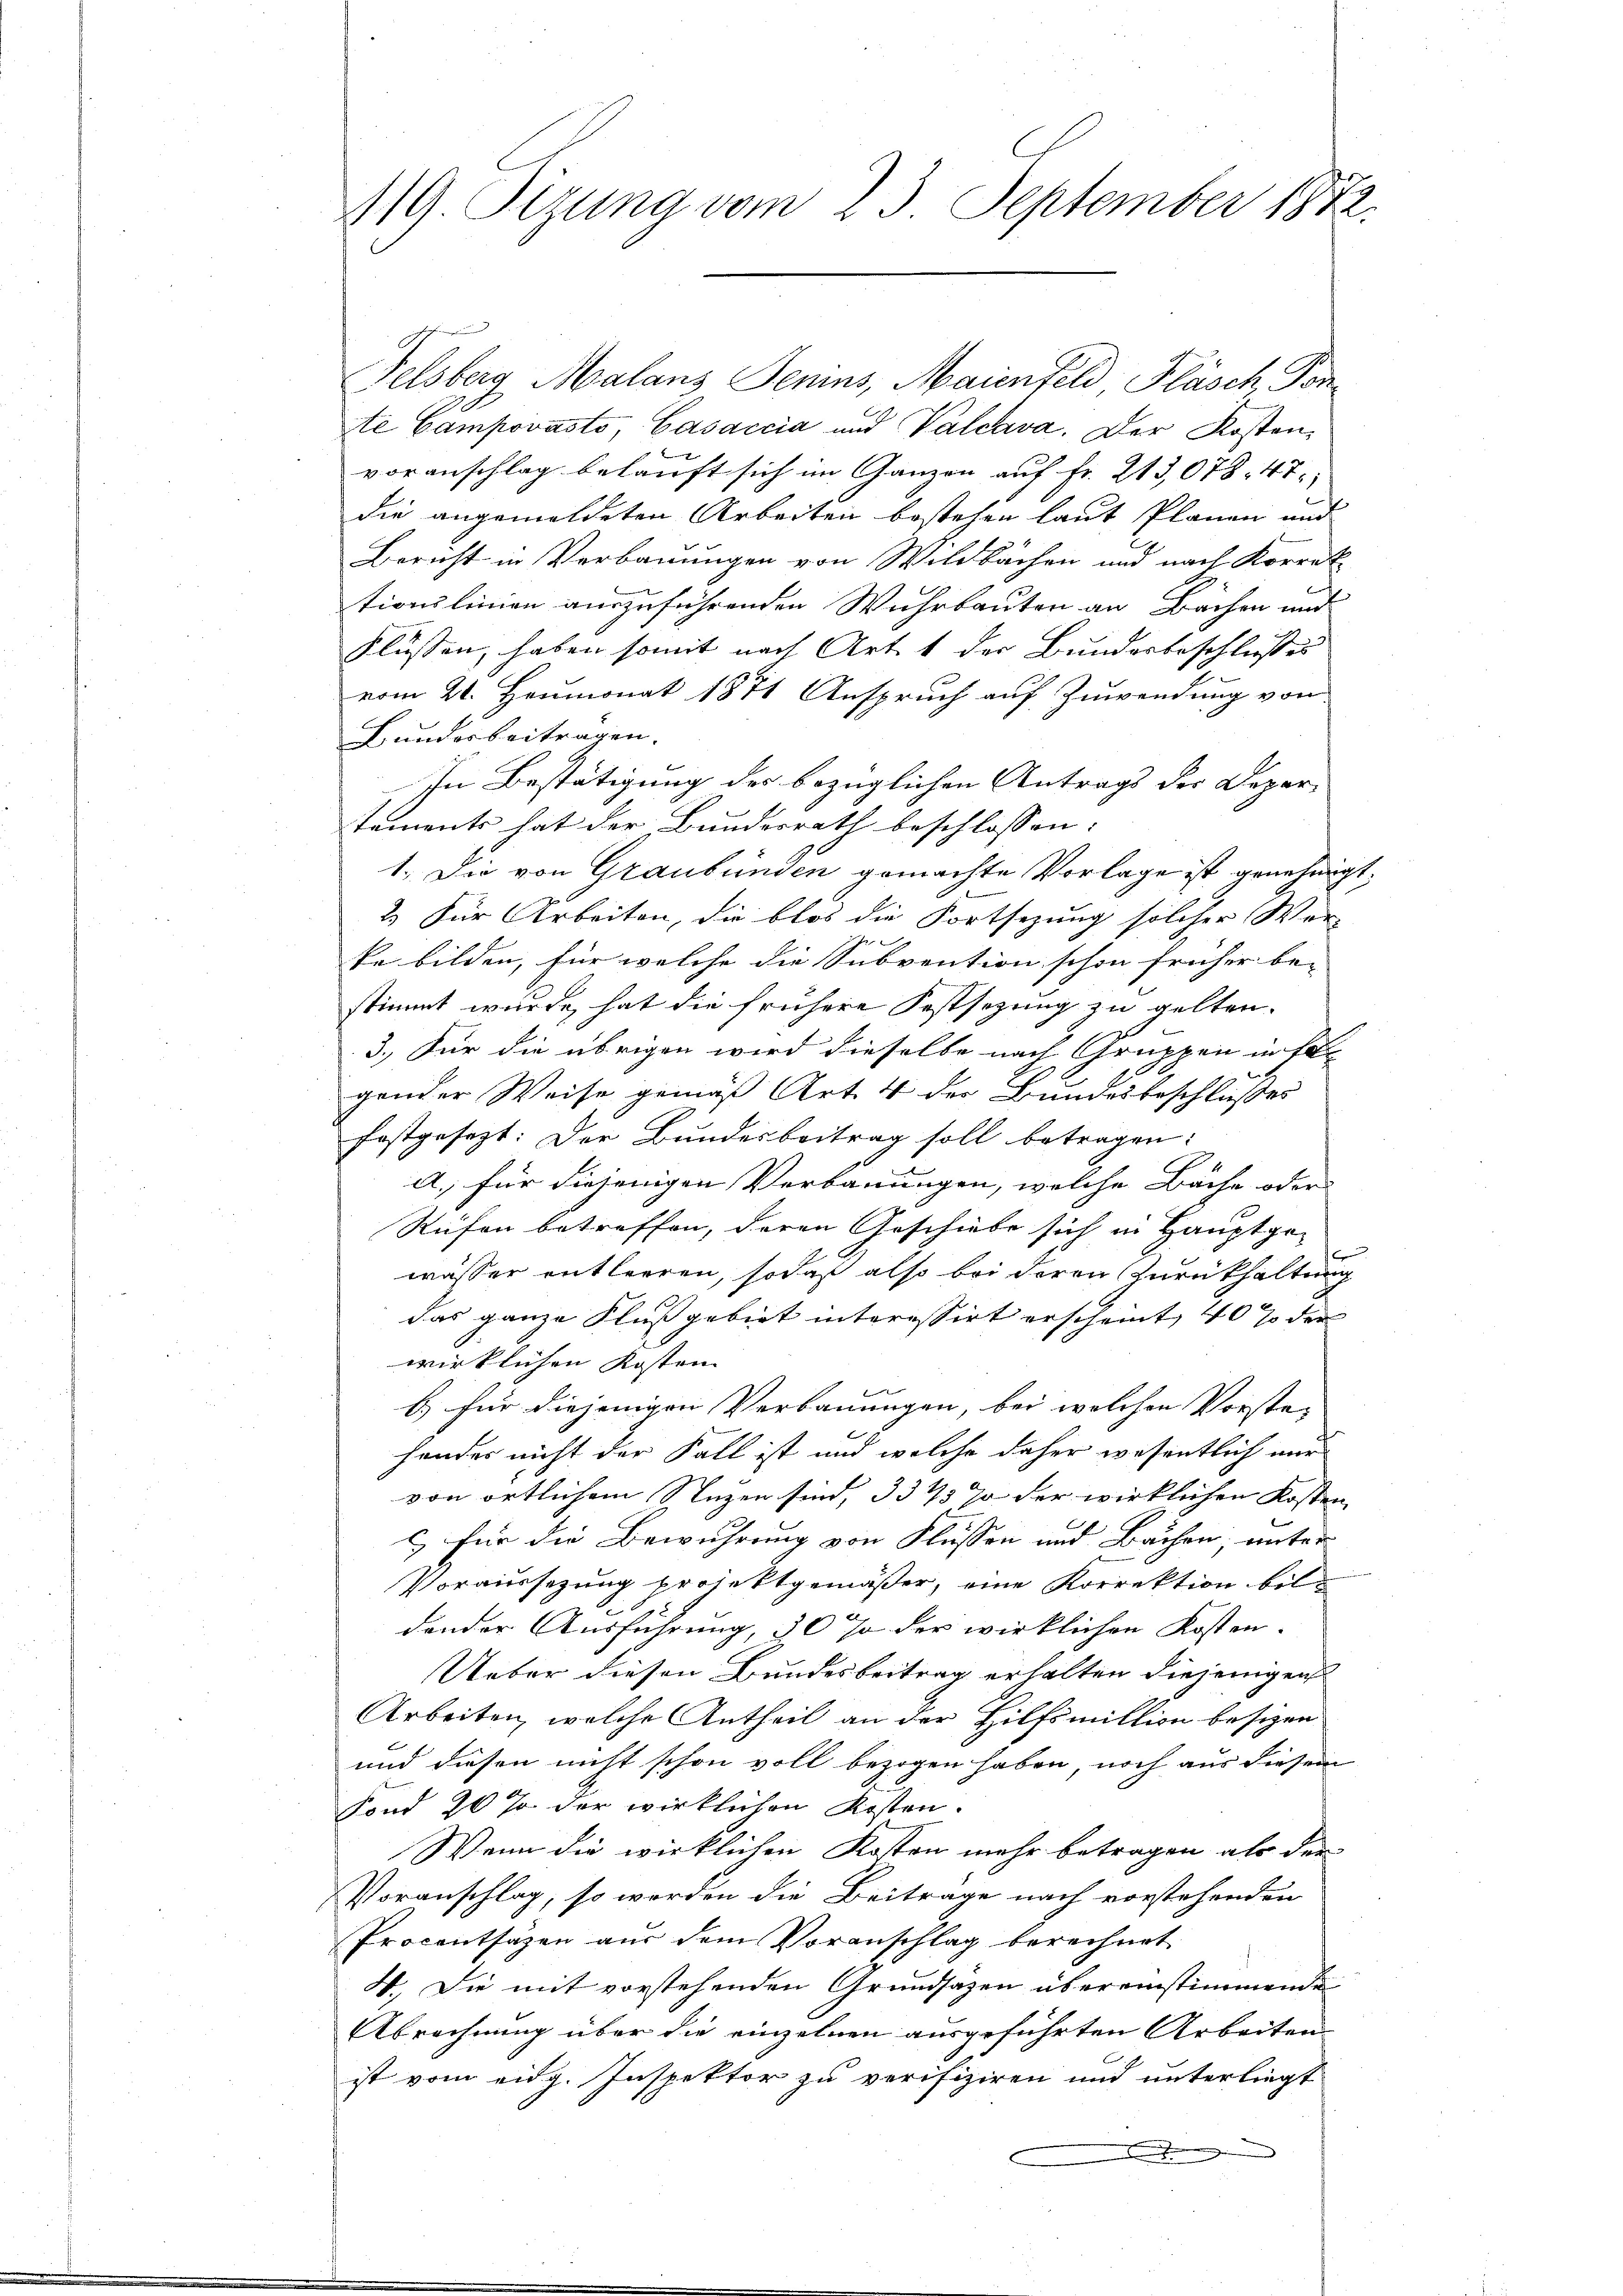
110. Sizung vom 23. September 1872.

Felsberg Malanz Jenins, Maienfeld Pläsch Ponte Campovásto, Casaccia und Waldava. Der Kostenvoranschlag belauft sich im Ganzen auf Fr. 213,078. 47
die angemeldeten Arbeiten bestehen laut Planen und
Bericht in Verbauungen von Wildbachen und nach Korrek
tionslinien auszuführenden Wuhrbauten an Bächen und
Flüssen, haben somit nach Art. 1 der Bundesbeschlußes
vom 21. Heumonat 1871 Anspruch auf Zuwendung von
Bundesbeitragen.
In Bestätigung der bezüglichen Antrags der Depar-
tements hat der Bundesrath beschlossen:
1.) Die von Graubünden gemachte Vorlage ist genehmigt,
2) Für Arbeiten, die blos die Fortsezung solcher Wer-
te bilden, für welche die Subvention schon früher be-
stimmt wurde, hat die frühere Festsezung zu gelten.
3.) Für die übrigen wird dieselbe nach Gruppen in Er-
gender Weise gemäß Art. 4 der Bundesbeschlußes
festgesezt: Der Bundesbeitrag soll betragen:
A. für diejenigen Verbauungen, welche Bäche oder
Rufen betreffen, deren Geschiebe sich in Hauptgef
wässer entleeren, sodaß also bei deren Zurückhaltung
das ganze Flussgebiet interessirt erscheint, 40% der |
wirklichen Kosten
.
b.) für diejenigen Verbauungen, bei welchen Vorste- |
hendes nicht der Fall ist und welche daher wesentlich nur
von örtlichem Segen sind, 33 1/3 % der wirklichen Kosten
) für die Bewuhrung von Flüssen und Bächen, unter
Voraussezung projektgemäßer, eine Korrektion bil
dander Ausführung, 30 % der wirklichen Kosten¬
Ueber diesen Bundesbeitrag erhalten diejenigen
Arbeiten, welche Antheil an der Hilfsmillion besizen
und diesen nicht schon voll bezogen haben noch aus diesem
Fond 20 % der wirklichen Kosten.
Wenn die wirklichen Kosten mehr betragen als der
Voranschlag, so werden die Beitrage nach vorstehenden
Procentsagen aus dem Voranschlag berechnet
4. Die mit vorstehenden Grundsazen übereinstimmende
Abrechnung über die einzelnen ausgeführten Arbeiten
ist vom eidg. Inspektor zu verifiziren und unterliegt
.